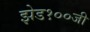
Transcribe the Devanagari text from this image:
झेड१००जी